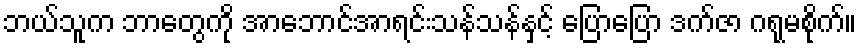
ဘယ်သူက ဘာတွေကို အာဘောင်အာရင်းသန်သန်နှင့် ပြောပြော ဒက်ဇာ ဂရုမစိုက်။